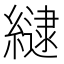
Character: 𮉉